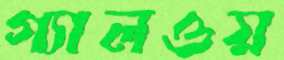
গ্যালওয়